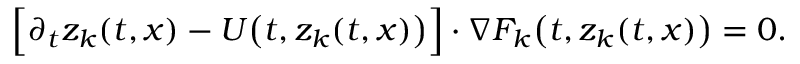
\Big [ \partial _ { t } z _ { k } ( t , x ) - U \big ( t , z _ { k } ( t , x ) \big ) \Big ] \cdot \nabla F _ { k } \big ( t , z _ { k } ( t , x ) \big ) = 0 .